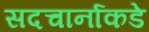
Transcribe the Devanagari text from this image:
सदचार्नाकडे